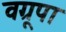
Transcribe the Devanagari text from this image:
वग्रूपा